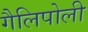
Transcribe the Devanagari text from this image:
गैलिपोली